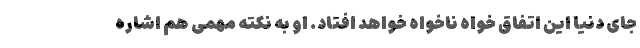
جای دنیا این اتفاق خواه ناخواه خواهد افتاد. او به نکته مهمی هم اشاره